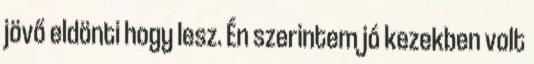
jövő eldönti hogy lesz. Én szerintem jó kezekben volt